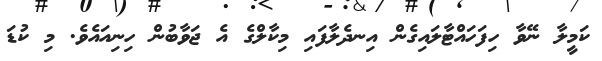
ކަމީލާ ނޭވާ ހިފަހައްޓާލައިގެން އިނދެލާފައި މިކާލްގެ އެ ޖަވާބުން ހިނިއައެވެ. މި ކުޑަ